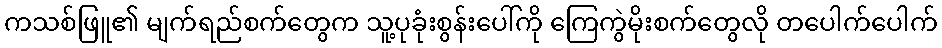
ကသစ်ဖြူ၏ မျက်ရည်စက်တွေက သူ့ပုခုံးစွန်းပေါ်ကို ကြေကွဲမိုးစက်တွေလို တပေါက်ပေါက်